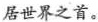
居世界之首。